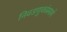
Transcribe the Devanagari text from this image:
निवडणुकांप्रमाणे